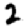
Digit: 2